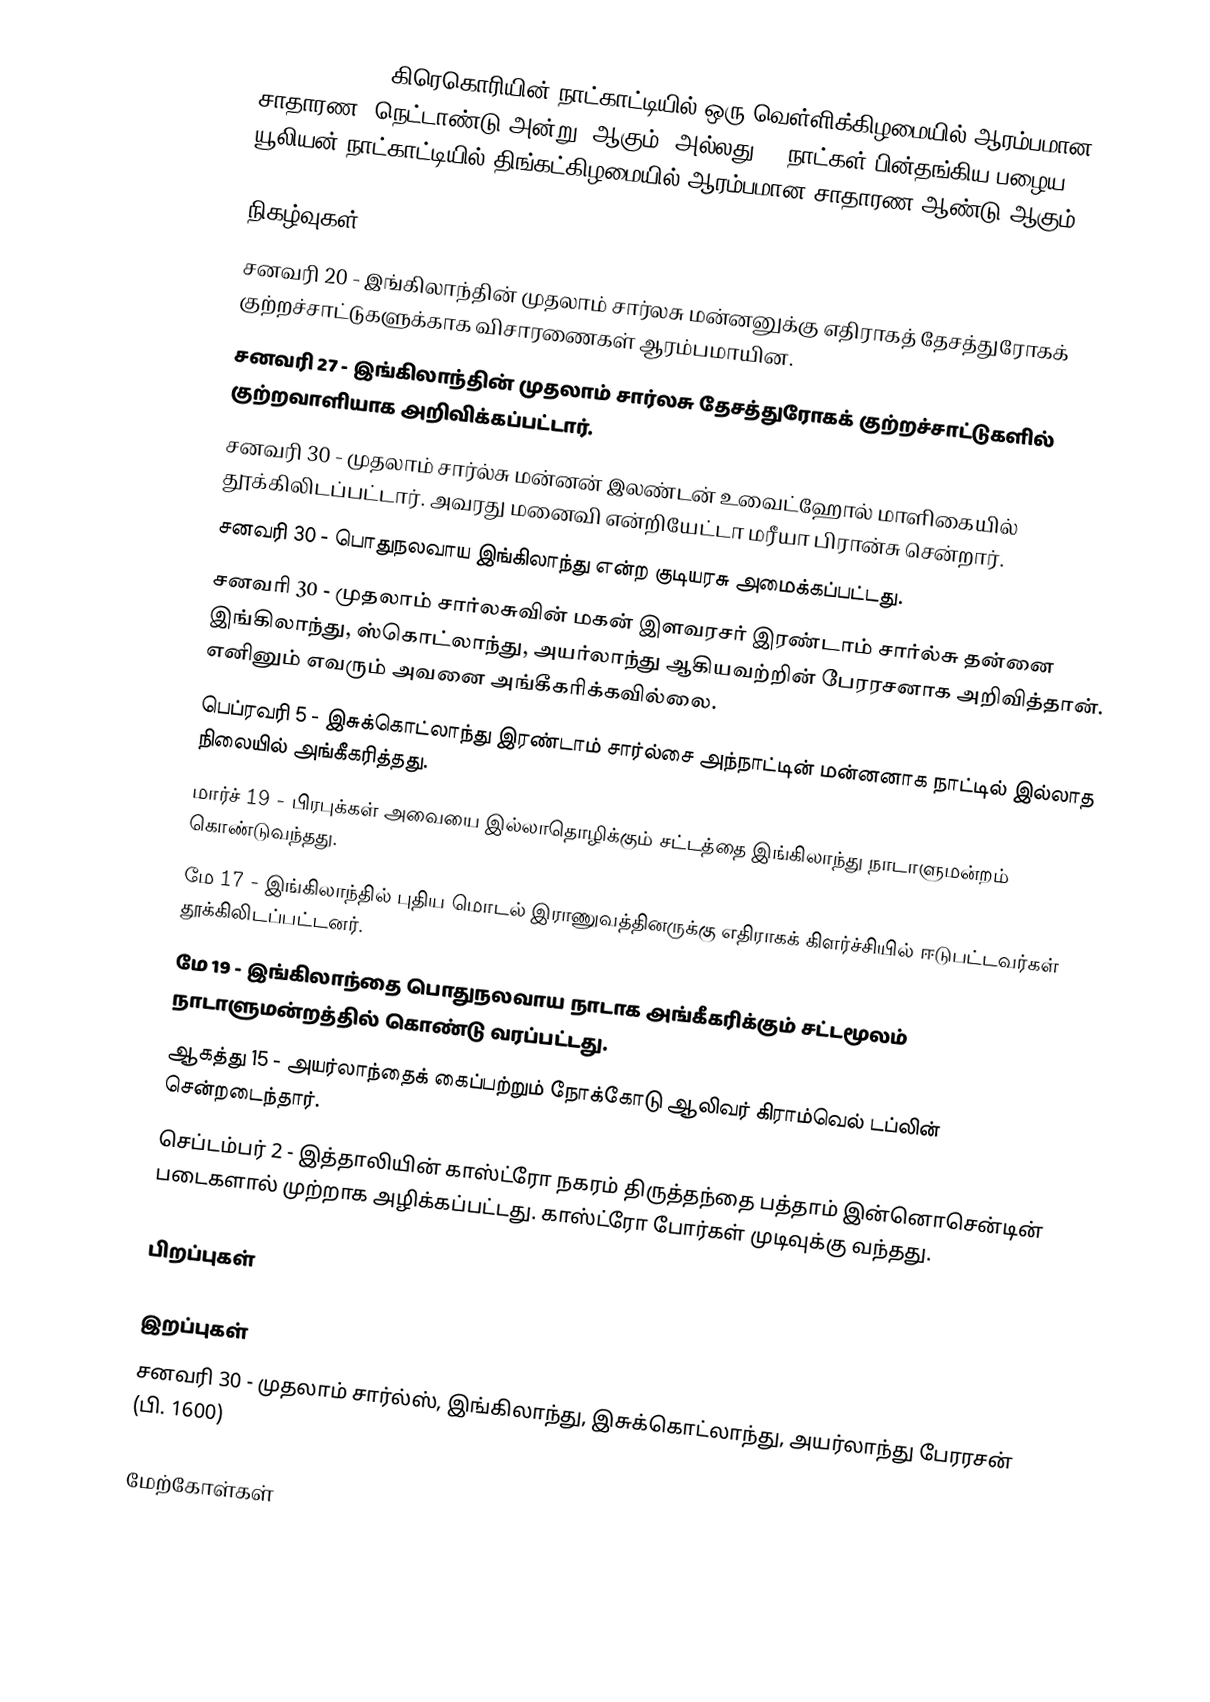
1649 (MDCXLIX) கிரெகொரியின் நாட்காட்டியில் ஒரு வெள்ளிக்கிழமையில் ஆரம்பமான சாதாரண (நெட்டாண்டு அன்று) ஆகும், அல்லது 10-நாட்கள் பின்தங்கிய பழைய யூலியன் நாட்காட்டியில் திங்கட்கிழமையில் ஆரம்பமான சாதாரண ஆண்டு ஆகும்.

நிகழ்வுகள்
 சனவரி 20 - இங்கிலாந்தின் முதலாம் சார்லசு மன்னனுக்கு எதிராகத் தேசத்துரோகக் குற்றச்சாட்டுகளுக்காக விசாரணைகள் ஆரம்பமாயின.
 சனவரி 27 - இங்கிலாந்தின் முதலாம் சார்லசு தேசத்துரோகக் குற்றச்சாட்டுகளில் குற்றவாளியாக அறிவிக்கப்பட்டார்.
 சனவரி 30 - முதலாம் சார்ல்சு மன்னன் இலண்டன் உவைட்ஹோல் மாளிகையில் தூக்கிலிடப்பட்டார். அவரது மனைவி என்றியேட்டா மரீயா பிரான்சு சென்றார்.
 சனவரி 30 - பொதுநலவாய இங்கிலாந்து என்ற குடியரசு அமைக்கப்பட்டது.
 சனவரி 30 - முதலாம் சார்லசுவின் மகன் இளவரசர் இரண்டாம் சார்ல்சு தன்னை இங்கிலாந்து, ஸ்கொட்லாந்து, அயர்லாந்து ஆகியவற்றின் பேரரசனாக அறிவித்தான். எனினும் எவரும் அவனை அங்கீகரிக்கவில்லை.
 பெப்ரவரி 5 - இசுக்கொட்லாந்து இரண்டாம் சார்ல்சை அந்நாட்டின் மன்னனாக நாட்டில் இல்லாத நிலையில் அங்கீகரித்தது.
 மார்ச் 19 - பிரபுக்கள் அவையை இல்லாதொழிக்கும் சட்டத்தை இங்கிலாந்து நாடாளுமன்றம் கொண்டுவந்தது.
 மே 17 - இங்கிலாந்தில் புதிய மொடல் இராணுவத்தினருக்கு எதிராகக் கிளர்ச்சியில் ஈடுபட்டவர்கள் தூக்கிலிடப்பட்டனர்.
 மே 19 - இங்கிலாந்தை பொதுநலவாய நாடாக அங்கீகரிக்கும் சட்டமூலம் நாடாளுமன்றத்தில் கொண்டு வரப்பட்டது.
 ஆகத்து 15 - அயர்லாந்தைக் கைப்பற்றும் நோக்கோடு ஆலிவர் கிராம்வெல் டப்லின் சென்றடைந்தார்.
 செப்டம்பர் 2 - இத்தாலியின் காஸ்ட்ரோ நகரம் திருத்தந்தை பத்தாம் இன்னொசென்டின் படைகளால் முற்றாக அழிக்கப்பட்டது. காஸ்ட்ரோ போர்கள் முடிவுக்கு வந்தது.

பிறப்புகள்

இறப்புகள்
 சனவரி 30 - முதலாம் சார்ல்ஸ், இங்கிலாந்து, இசுக்கொட்லாந்து, அயர்லாந்து பேரரசன் (பி. 1600)

மேற்கோள்கள்